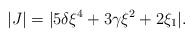
LaTeX: \begin{align*} |J|=|5\delta \xi^{4}+3\gamma \xi^{2} +2 \xi_1|.\end{align*}